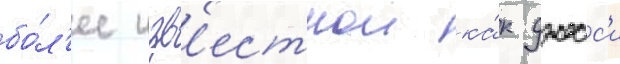
бо́л'ее изв'естнои ка́к джесс'и